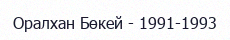
Оралхан Бөкей - 1991-1993